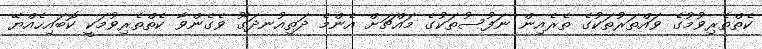
ކެތްތެރިވުމުގެ ވައްތަރުތަކުގެ ތެރެއިން ނަފުސުތަކުގެ މައްޗަށް އެންމެ ދަތިއުނދަގޫ ވެގެންވާ ކެތްތެރިވުމަކީ ކޮބައިހެއްޔޭ